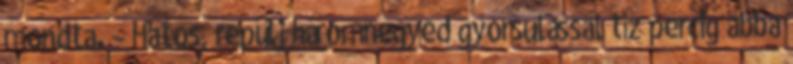
mondta. – Hatos, repülj háromnegyed gyorsulással tíz percig abba